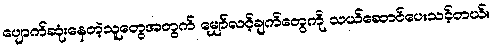
ပျောက်ဆုံးနေတဲ့သူတွေအတွက် မျှော်လင့်ချက်တွေကို သယ်ဆောင်ပေးသင့်တယ်။